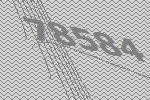
78584